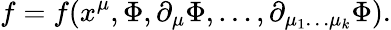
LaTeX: f=f(x^{\mu},\Phi,\partial_{\mu}\Phi,\ldots,\partial_{{\mu_{1}}\ldots{\mu_{k}}}\Phi).